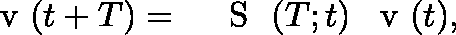
\mathrm { ~ \boldmath ~ v ~ } ( t + T ) = \mathrm { ~ \boldmath ~ \mathsf ~ { ~ S ~ } ~ } ( T ; t ) \, \mathrm { ~ \boldmath ~ v ~ } ( t ) ,